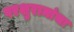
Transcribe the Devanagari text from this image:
परशुरामांचा